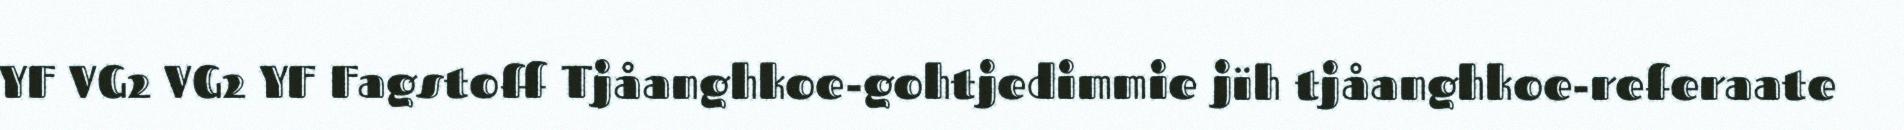
YF VG2 VG2 YF Fagstoff Tjåanghkoe-gohtjedimmie jïh tjåanghkoe-referaate